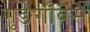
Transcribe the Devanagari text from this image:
गुङगाँवसे